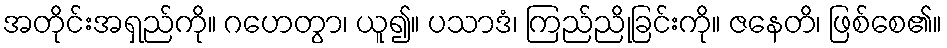
အတိုင်းအရှည်ကို။ ဂဟေတွာ၊ ယူ၍။ ပသာဒံ၊ ကြည်ညိုခြင်းကို။ ဇနေတိ၊ ဖြစ်စေ၏။